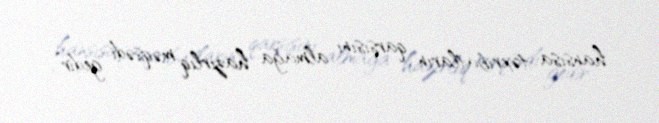
hansısa təxribatların qarşısını almağa hazırlıq məqsədi gedir”.